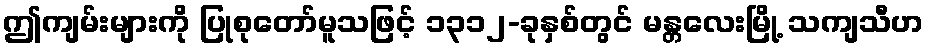
ဤကျမ်းများကို ပြုစုတော်မူသဖြင့် ၁၃၁၂-ခုနှစ်တွင် မန္တလေးမြို့ သကျသီဟ